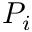
P _ { i }